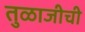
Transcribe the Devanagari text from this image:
तुळाजीची